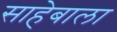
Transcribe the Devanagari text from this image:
साहेबाला